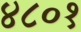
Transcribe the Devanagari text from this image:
४८०१